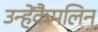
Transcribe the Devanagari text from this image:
उन्हेंकैमलिन